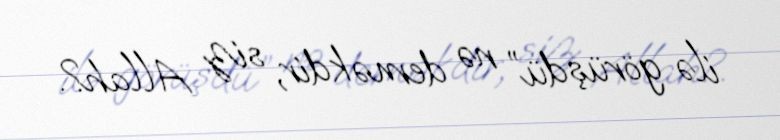
ilə görüşdü” nə deməkdir, siz Allah?.